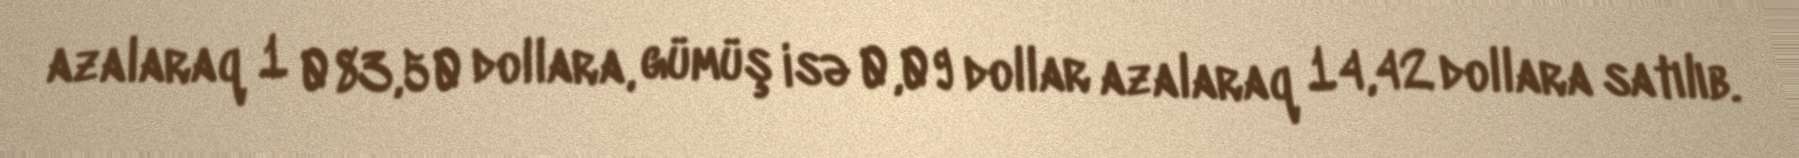
azalaraq 1 083,50 dollara, gümüş isə 0,09 dollar azalaraq 14,42 dollara satılıb.